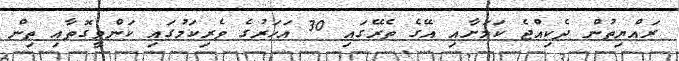
ރައްޔިތުން ދެކިއްޖެ ކަމަށާއި އޭގެ ތެރޭގައި 30 އަހަރުގެ ވެރިކަމުގައި ކަންވީގޮތާއި ތިން